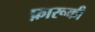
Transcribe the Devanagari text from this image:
फ़ारूकी